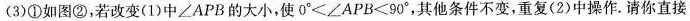
(3)①如图②，若改变(1)中∠APB的大小，使$$0 ° < ∠ A P B ＜ 9 0 °$$，其他条件不变，重复(2)中操作。请你直接